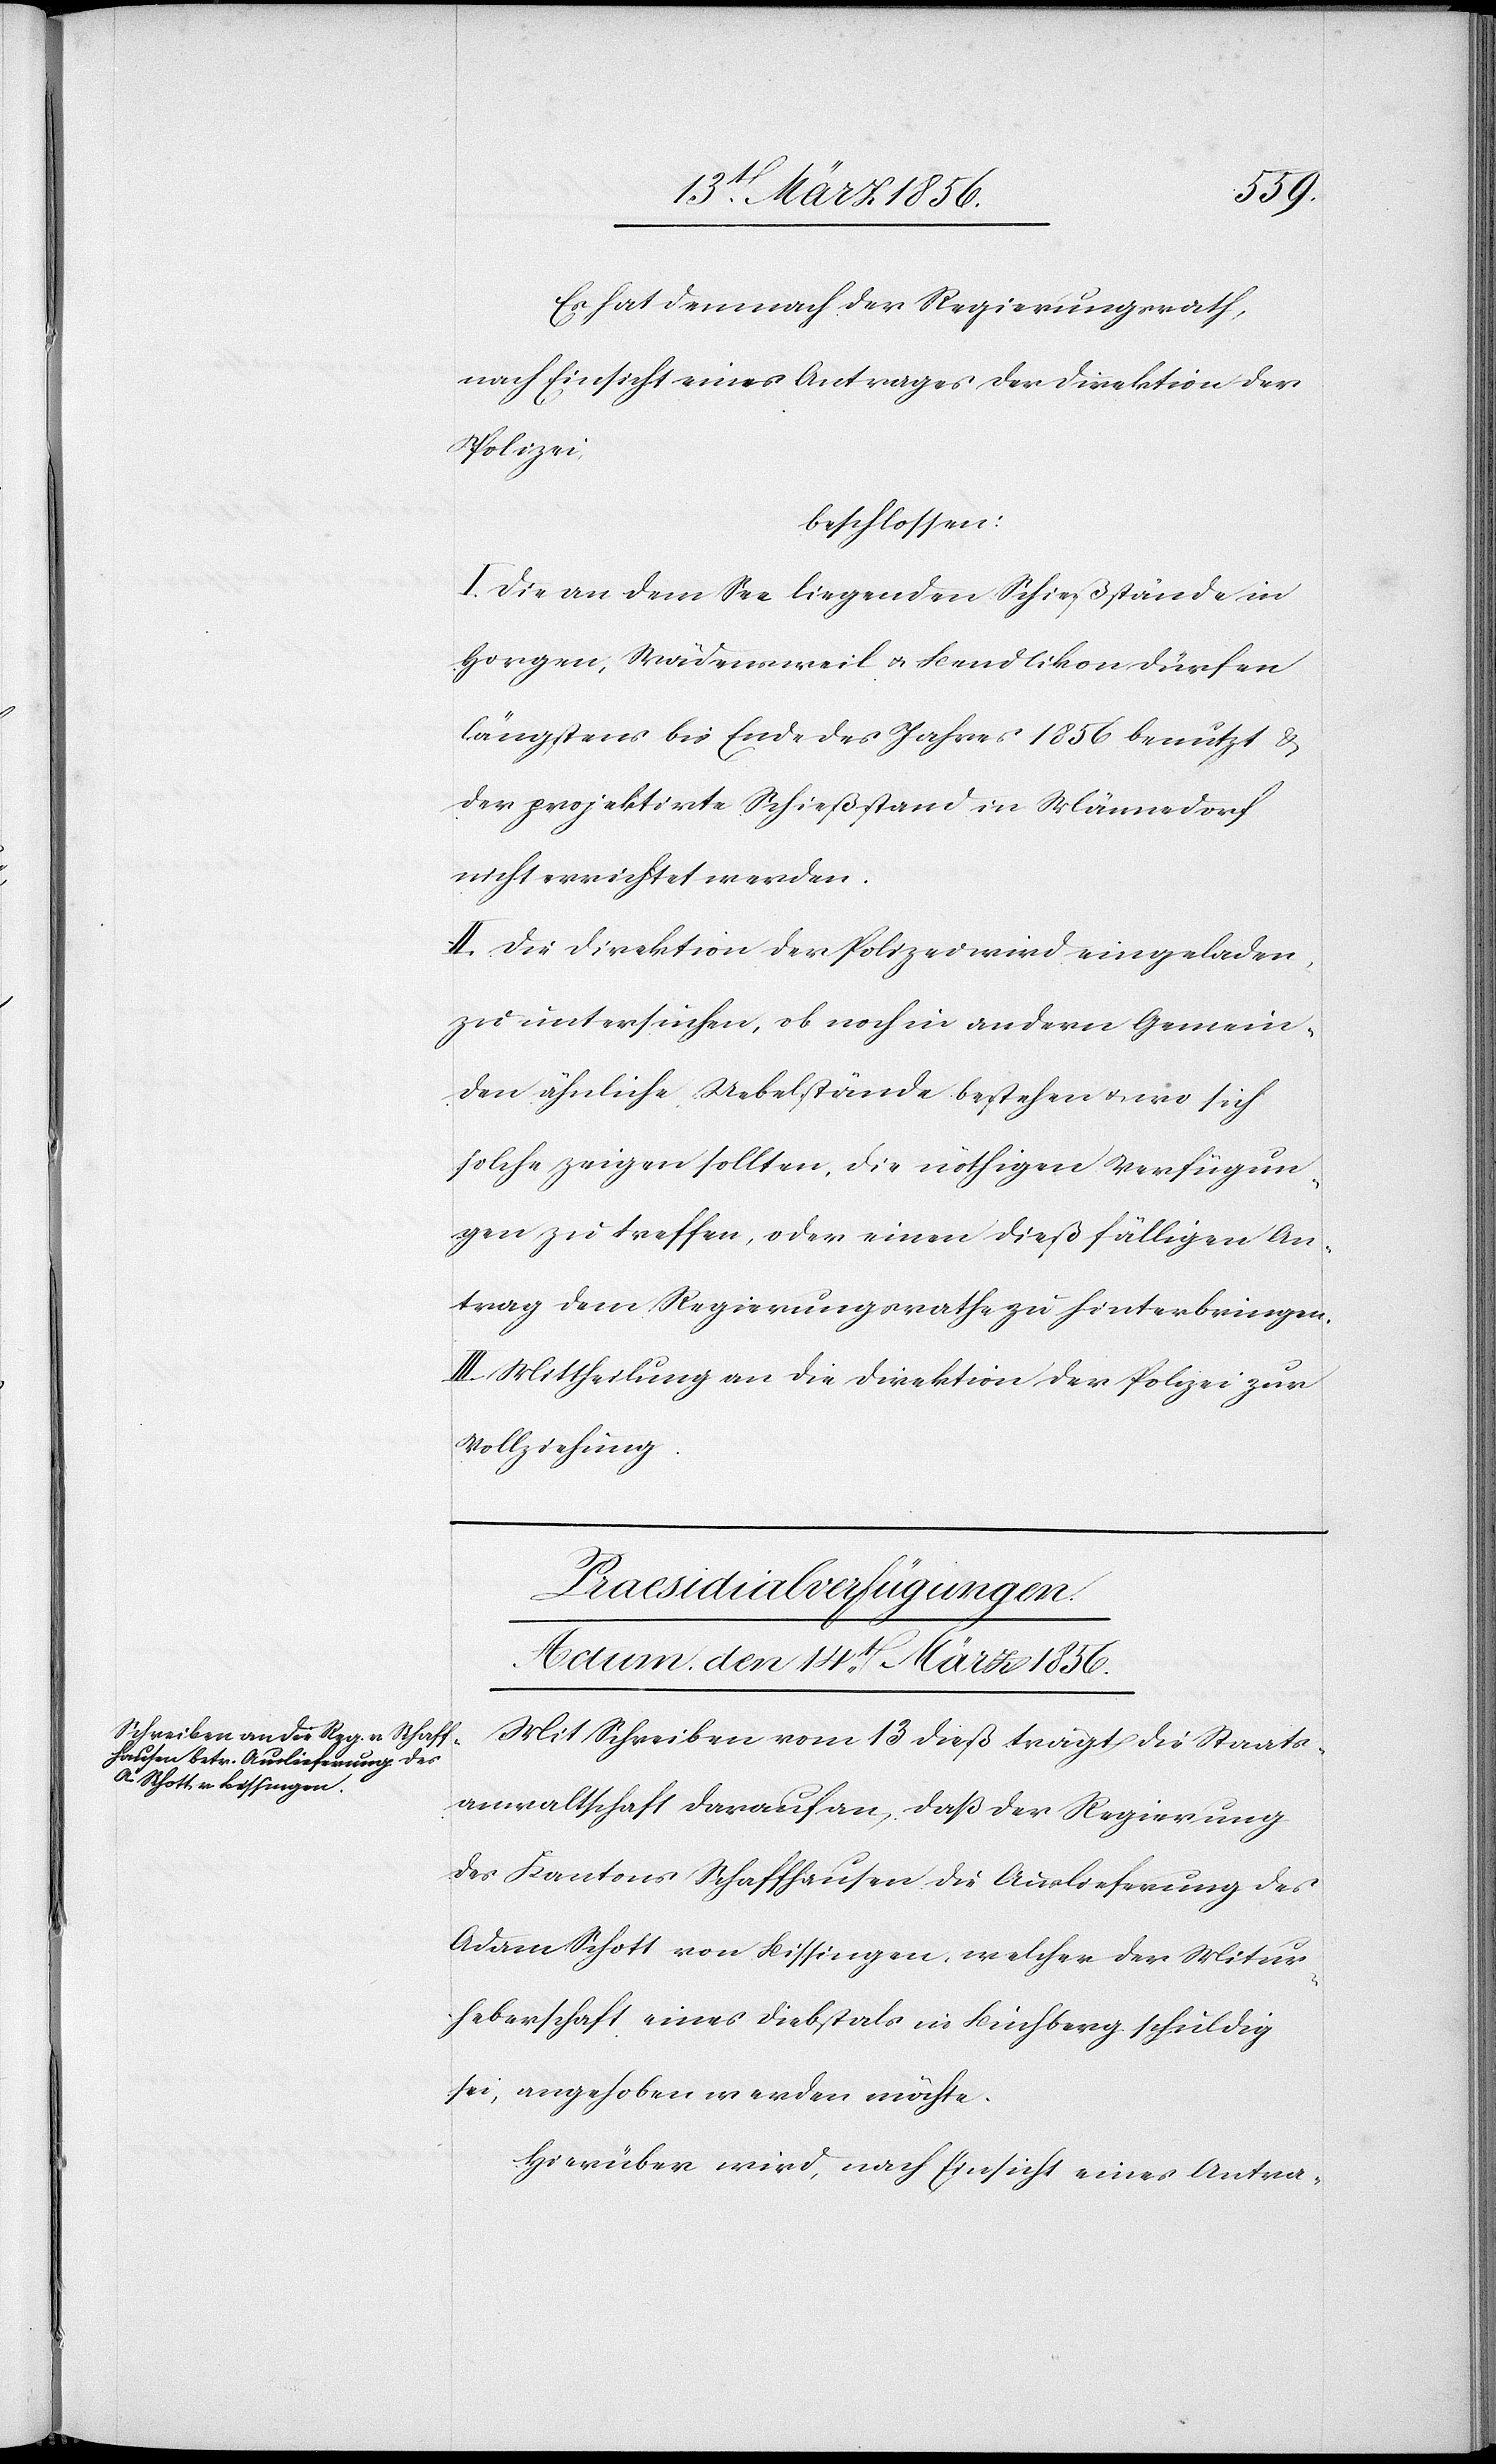
nach Einsicht eines Antrages der Direktion der
Polizei,
beschlossen:
I. Die an dem See liegenden Schießstände in
Horgen, Wädensweil u. Bendlikon dürfen
längstens bis Ende des Jahres 1856 benutzt &
der projektirte Schießstand in Männedorf
nicht errichtet werden.
II. Die Direktion der Polizei wird eingeladen,
zu untersuchen, ob noch in andern Gemein¬
den ähnliche Uebelstände bestehen u. wo sich
solche zeigen sollten, die nöthigen Verfügun¬
gen zu treffen, oder einen dießfälligen An¬
trag dem Regierungsrathe zu hinterbringen.
III. Mittheilung an die Direktion der Polizei zur
Vollziehung.
Praesidialverfügungen.
Actum, den 14t März 1856.
Mit Schreiben vom 13 dieß trägt die Staats¬
anwaltschaft darauf an, daß der Regierung
des Kantons Schaffhausen die Auslieferung des
Adam Schott von Bissingen, welcher der Mitur¬
heberschaft eines Diebstals in Buchberg schuldig
sei, angehoben werden möchte.
Hierüber wird, nach Einsicht eines Antra-